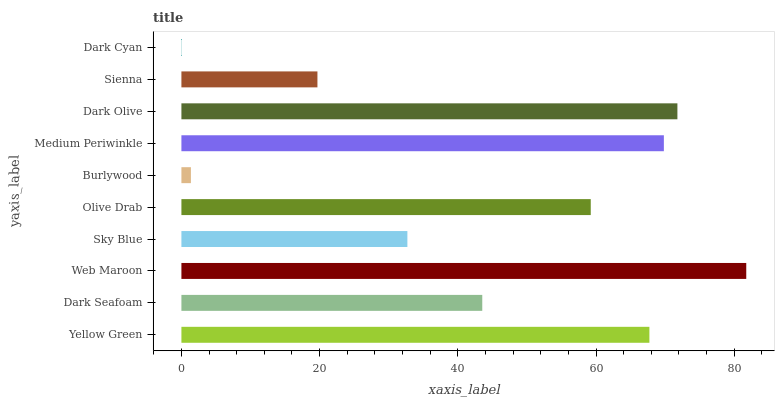
| yaxis_label | bars |
 | --- | --- |
 | Yellow Green | 67.7 |
 | Dark Seafoam | 43.5 |
 | Web Maroon | 81.7 |
 | Sky Blue | 32.7 |
 | Olive Drab | 59.2 |
 | Burlywood | 1.38 |
 | Medium Periwinkle | 69.8 |
 | Dark Olive | 71.8 |
 | Sienna | 19.7 |
 | Dark Cyan | 0.0278 |